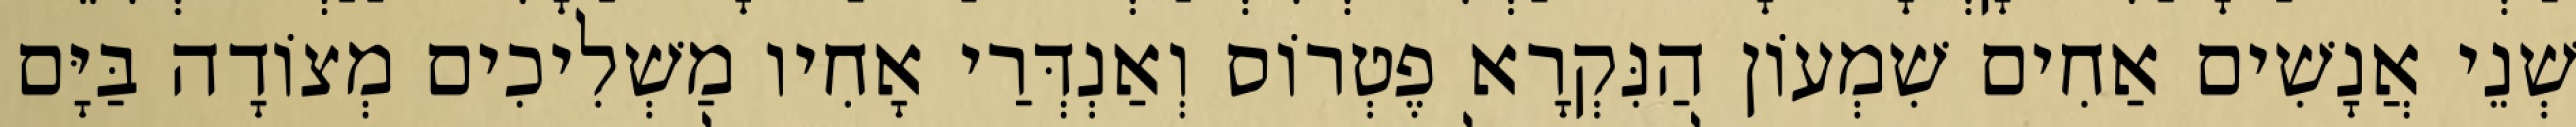
שְׁנֵי אֲנָשִׁים אַחִים שִׁמְעוֹן הַנִּקְרָא פֶטְרוֹס וְאַנְדְּרַי אָחִיו מַשְׁלִיכִים מְצוֹדָה בַּיָּם